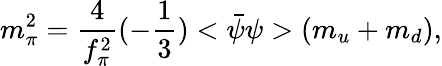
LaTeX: m_{\pi}^{2}={\frac{4}{f_{\pi}^{2}}}(-{\frac{1}{3}})<\bar{\psi}\psi>(m_{u}+m_{d}),